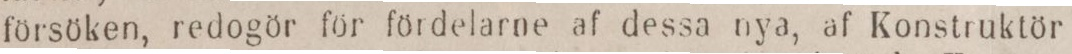
försöken, redogör för fördelarne af dessa nya, af Konstruktör